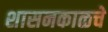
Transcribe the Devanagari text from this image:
शासनकाळचे